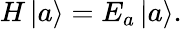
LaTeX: H\left|a\right\rangle=E_{a}\left|a\right\rangle.